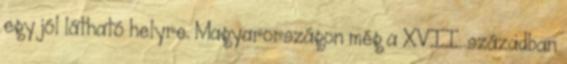
egy jól látható helyre. Magyarországon még a XVII. században